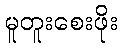
မူတူးစေးဖိုး